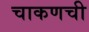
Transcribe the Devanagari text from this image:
चाकणची